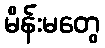
မိန်းမတွေ